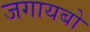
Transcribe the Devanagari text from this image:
जगायबो